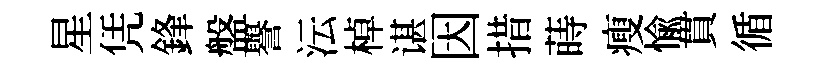
星凭鋒盤譽沄棹谌因措蒔瘦愉貫循